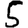
Digit: 5